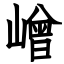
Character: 嶒